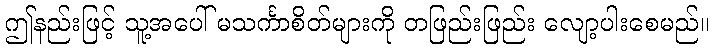
ဤနည်းဖြင့် သူ့အပေါ် မသင်္ကာစိတ်များကို တဖြည်းဖြည်း လျော့ပါးစေမည်။